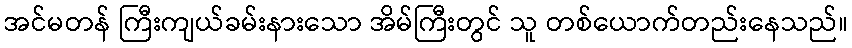
အင်မတန် ကြီးကျယ်ခမ်းနားသော အိမ်ကြီးတွင် သူ တစ်ယောက်တည်းနေသည်။